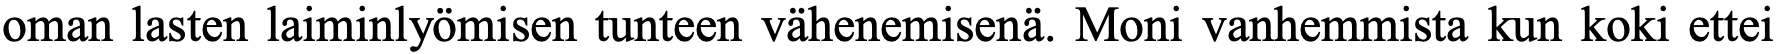
oman lasten laiminlyömisen tunteen vähenemisenä. Moni vanhemmista kun koki ettei